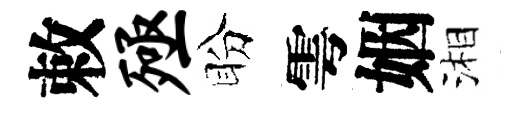
敕殛盼雩姻湘